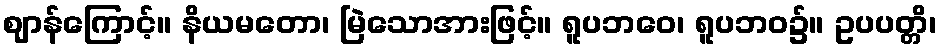
ဈာန်ကြောင့်။ နိယမတော၊ မြဲသောအားဖြင့်။ ရူပဘဝေ၊ ရူပဘဝ၌။ ဥပပတ္တိ၊